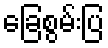
ခြေစွမ်းပြ